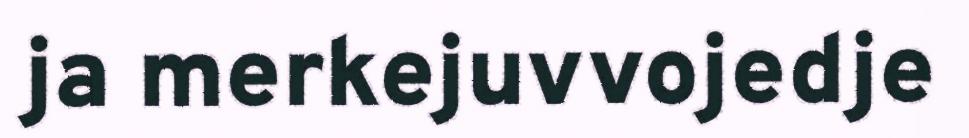
ja merkejuvvojedje